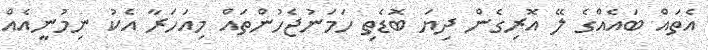
އެތައް ބައެއްގެ ލޭ އޮރިގެން ދިޔަ ބޮޑެތި ހަމަނުޖެހުންތައް މިއަހަރާ އެކު ނިމުނީއެއް